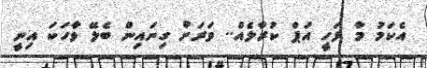
އެކަމު މާ ލަހީ އަޕް ކުރާލެއް.. ވަރަށް ގިނައިން ބެލޭ ވާހަކަ އިނީ